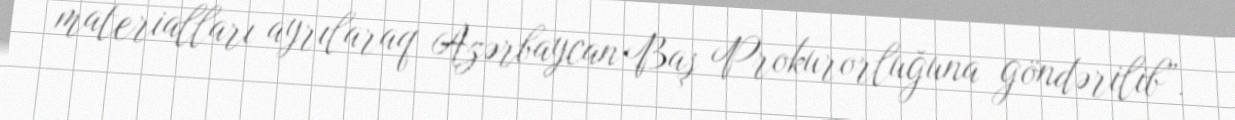
materialları ayrılaraq Azərbaycan Baş Prokurorluğuna göndərilib”.